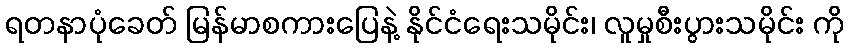
ရတနာပုံခေတ် မြန်မာစကားပြေနဲ့ နိုင်ငံရေးသမိုင်း၊ လူမှုစီးပွားသမိုင်း ကို